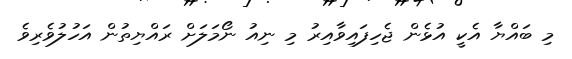
މި ބައްޔާ އެކީ އުޅެން ޖެހިފައިވާއިރު މި ނިއު ނޯމަލަށް ރައްޔިތުން އަހުލުވެރިވެ